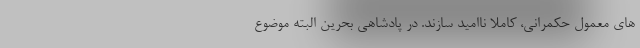
های معمول حکمرانی، کاملا ناامید سازند. در پادشاهی بحرین البته موضوع